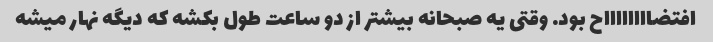
افتضااااااااح بود. وقتی یه صبحانه بیشتر از دو ساعت طول بکشه که دیگه نهار میشه